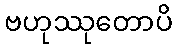
ဗဟုဿုတောပိ